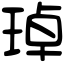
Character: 琸